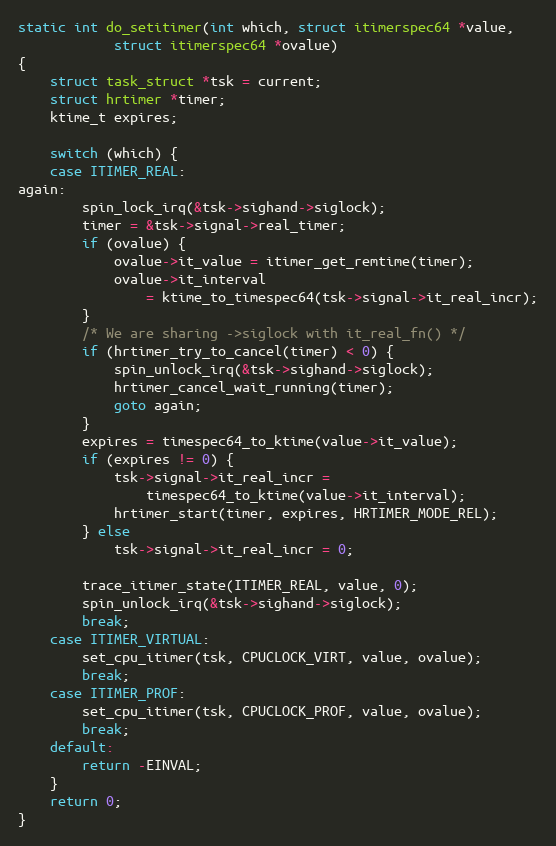
Language: C
static int do_setitimer(int which, struct itimerspec64 *value,
			struct itimerspec64 *ovalue)
{
	struct task_struct *tsk = current;
	struct hrtimer *timer;
	ktime_t expires;

	switch (which) {
	case ITIMER_REAL:
again:
		spin_lock_irq(&tsk->sighand->siglock);
		timer = &tsk->signal->real_timer;
		if (ovalue) {
			ovalue->it_value = itimer_get_remtime(timer);
			ovalue->it_interval
				= ktime_to_timespec64(tsk->signal->it_real_incr);
		}
		/* We are sharing ->siglock with it_real_fn() */
		if (hrtimer_try_to_cancel(timer) < 0) {
			spin_unlock_irq(&tsk->sighand->siglock);
			hrtimer_cancel_wait_running(timer);
			goto again;
		}
		expires = timespec64_to_ktime(value->it_value);
		if (expires != 0) {
			tsk->signal->it_real_incr =
				timespec64_to_ktime(value->it_interval);
			hrtimer_start(timer, expires, HRTIMER_MODE_REL);
		} else
			tsk->signal->it_real_incr = 0;

		trace_itimer_state(ITIMER_REAL, value, 0);
		spin_unlock_irq(&tsk->sighand->siglock);
		break;
	case ITIMER_VIRTUAL:
		set_cpu_itimer(tsk, CPUCLOCK_VIRT, value, ovalue);
		break;
	case ITIMER_PROF:
		set_cpu_itimer(tsk, CPUCLOCK_PROF, value, ovalue);
		break;
	default:
		return -EINVAL;
	}
	return 0;
}